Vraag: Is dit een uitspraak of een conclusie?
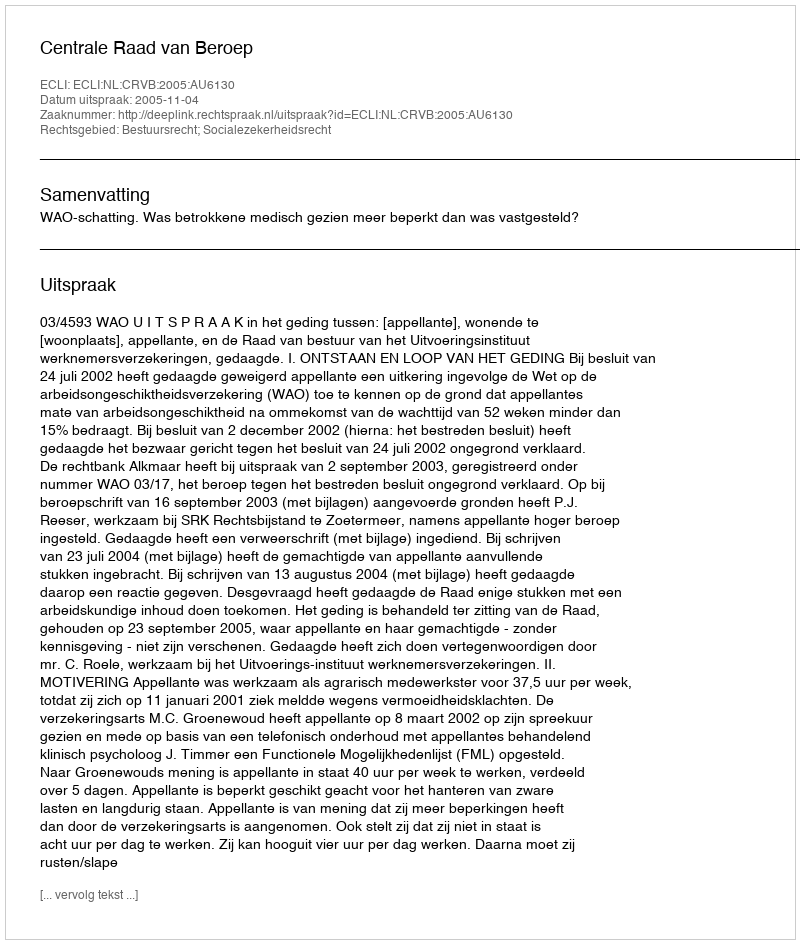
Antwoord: Uitspraak